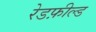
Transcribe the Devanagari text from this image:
रेडफ़ील्ड